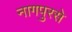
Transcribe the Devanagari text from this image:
नागपुरसे